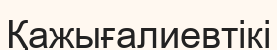
Қажығалиевтікі